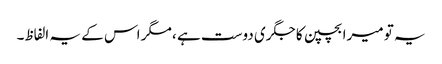
یہ تو میرا بچپن کا جگری دوست ہے ، مگر اس کے یہ الفاظ۔